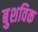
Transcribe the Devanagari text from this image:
बुशविक